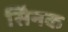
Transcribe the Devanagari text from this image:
सैिनक